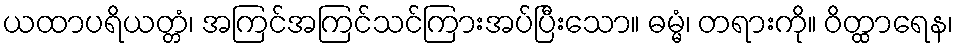
ယထာပရိယတ္တံ၊ အကြင်အကြင်သင်ကြားအပ်ပြီးသော။ ဓမ္မံ၊ တရားကို။ ဝိတ္ထာရေန၊